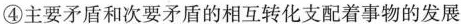
④主要矛盾和次要矛盾的相互转化支配着事物的发展